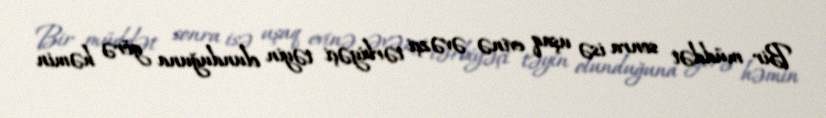
Bir müddət sonra isə uşaq evinə əvəzçi tərbiyəçi təyin olunduğuna görə həmin